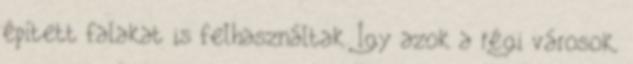
épített falakat is felhasználtak. Így azok a régi városok,